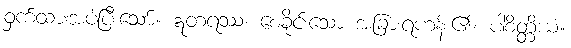
ဝှက်ထားအပ်ပြီးသော်။ ဣတရဿ၊ စေခိုင်းသော အခြားရဟန်း၏။ ပါစိတ္တိယံ။